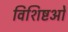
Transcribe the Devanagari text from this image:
विशिष्टओं